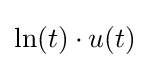
\ln(t)\cdot u(t)